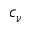
c _ { \nu }